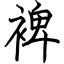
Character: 裨